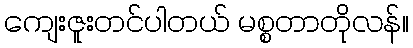
ကျေးဇူးတင်ပါတယ် မစ္စတာတိုလန်။